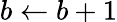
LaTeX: b\gets b+1